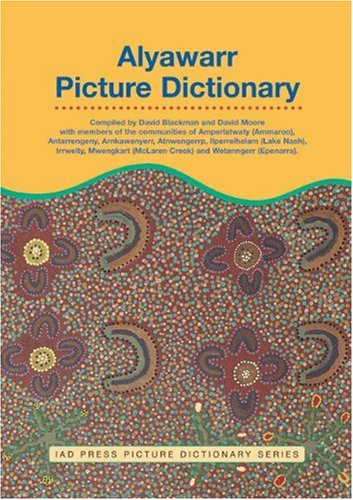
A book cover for Alyawarr Picture Dictionary (IAD Press Picture Dictionaries); David Blackman; Children's Books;